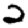
Digit: 2